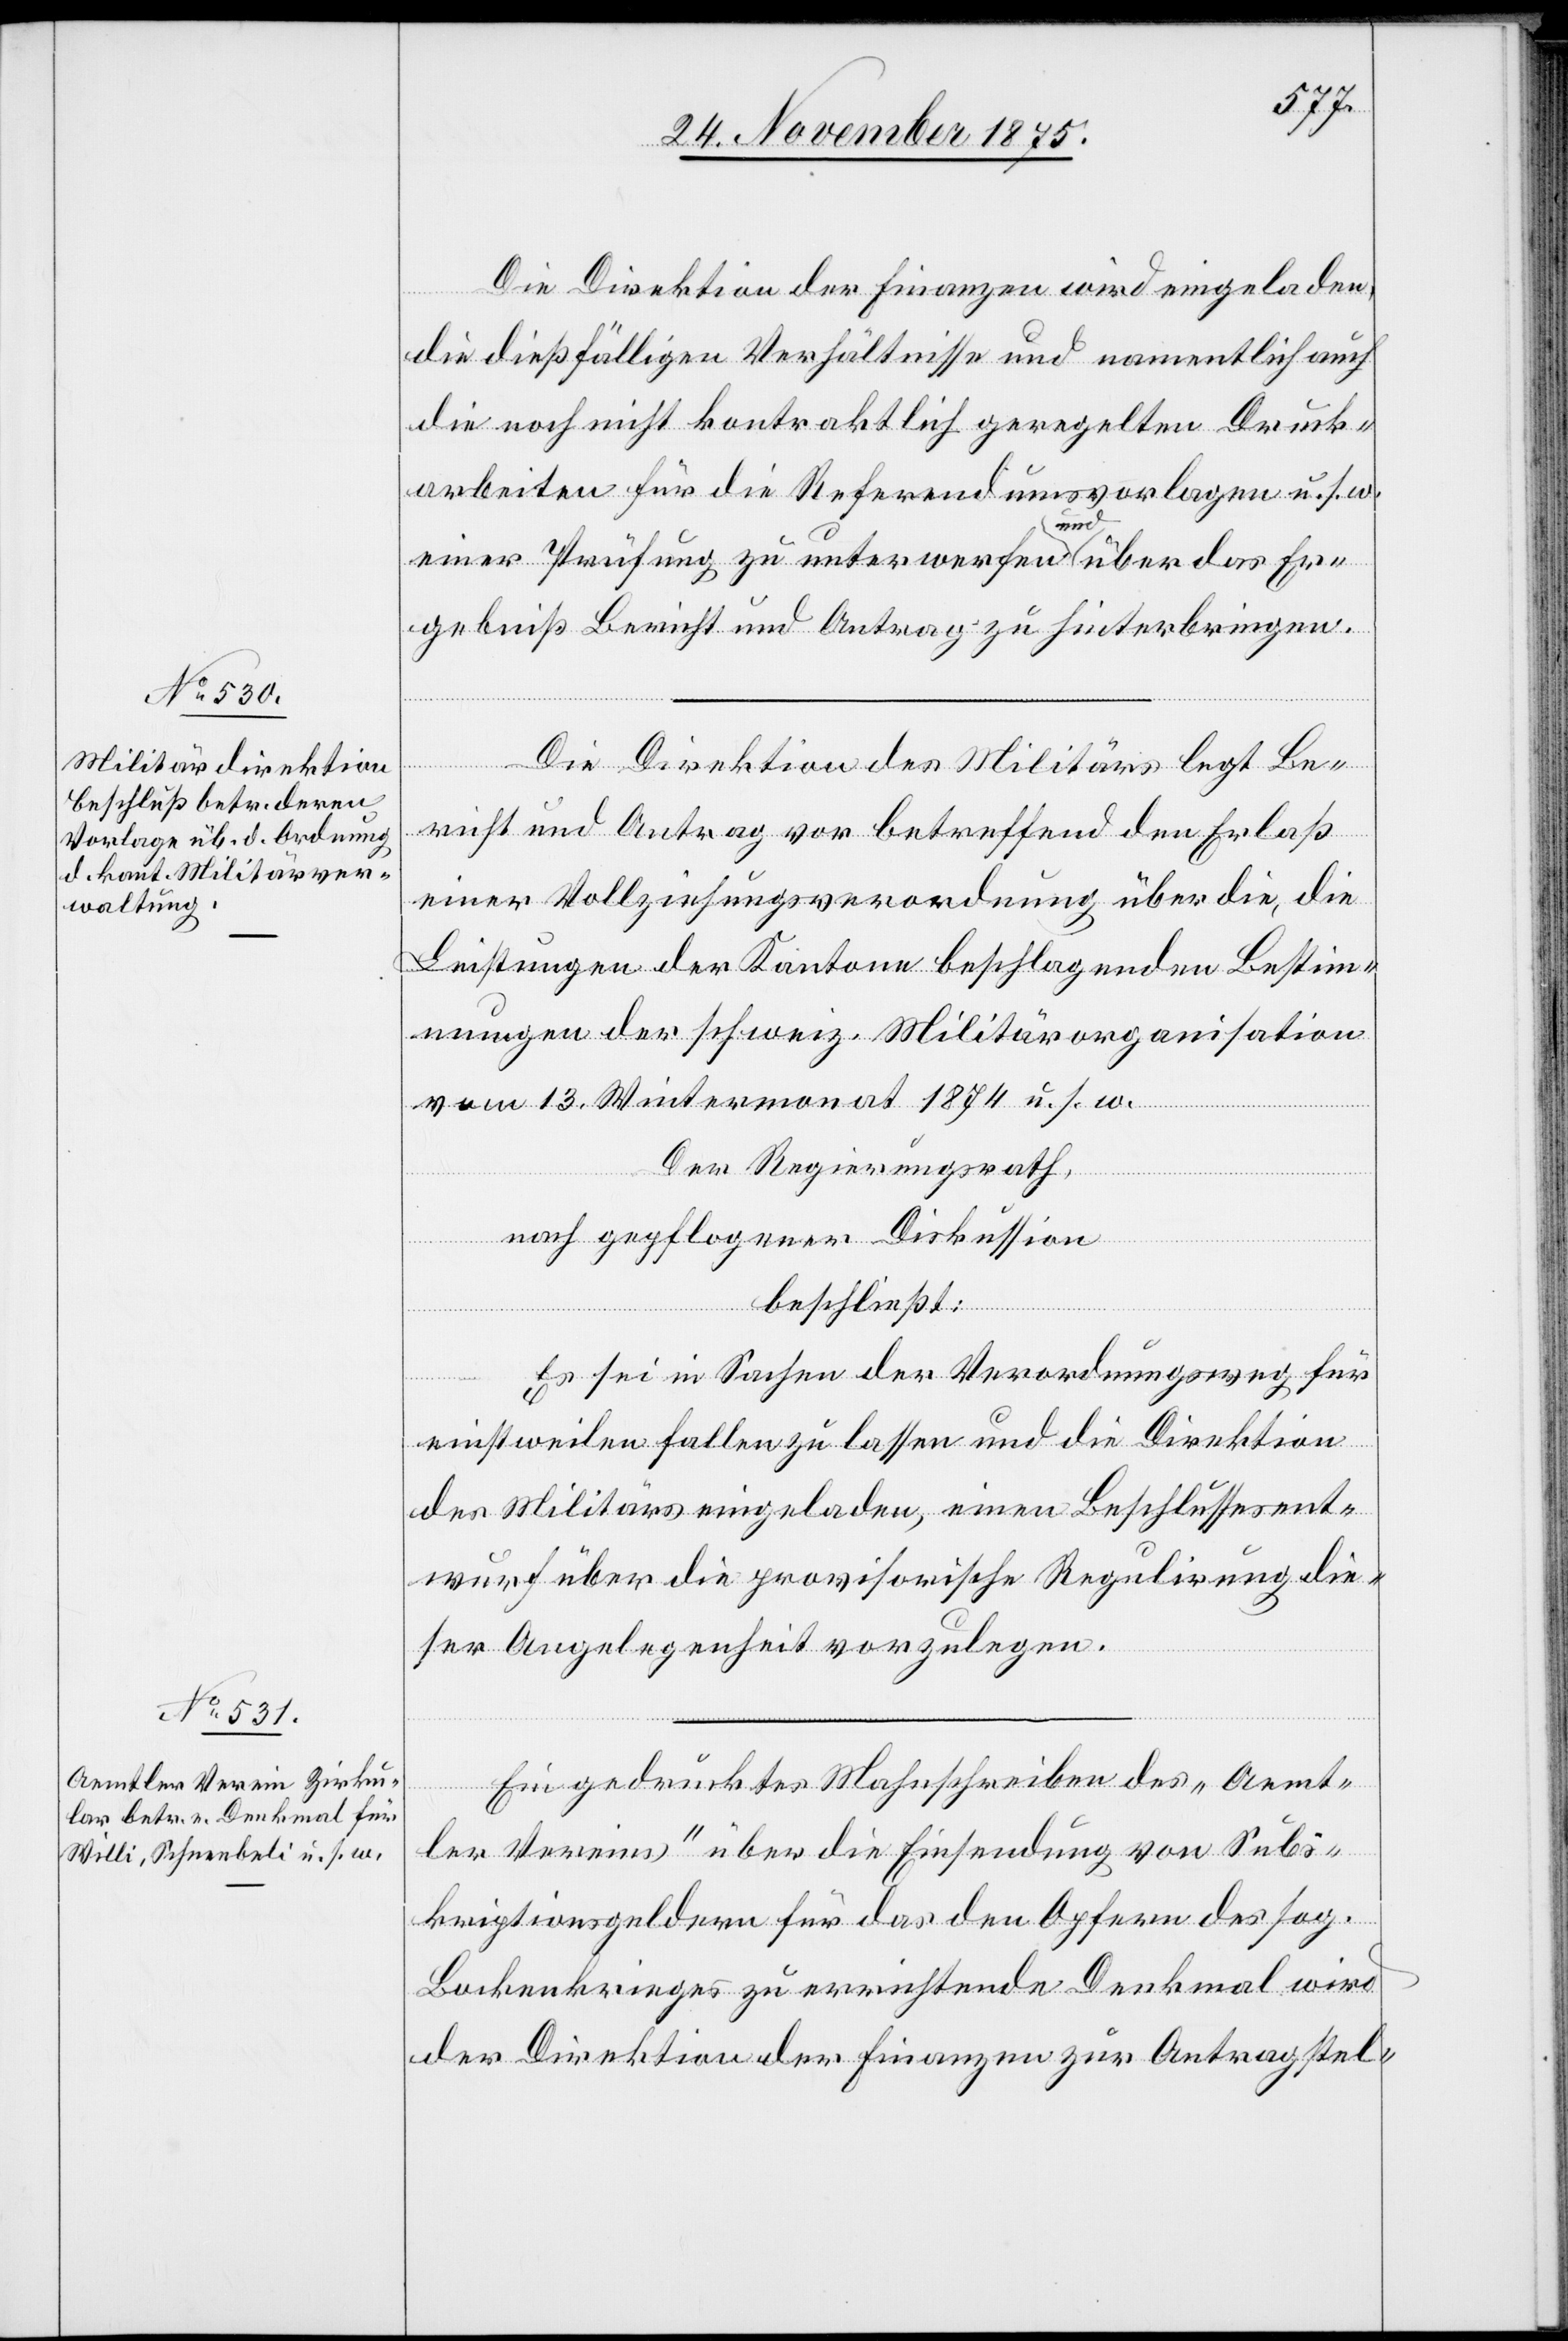
Die Direktion der Finanzen wird eingeladen,
die dießfälligen Verhältnisse und namentlich auch
die noch nicht kontraktlich geregelten Druck¬
arbeiten für die Referendumsvorlagen u. s. w.
einer Prüfung zu unterwerfen und über das Er¬
gebniß Bericht und Antrag zu hinterbringen.
Die Direktion des Militärs legt Be¬
richt und Antrag vor betreffend den Erlaß
einer Vollziehungsverordnung über die, die
Leistungen der Kantone beschlagenden Bestim¬
mungen der schweiz. Militärorganisation
vom 13. Wintermonat 1874 u. s. w.
Der Regierungsrath,
nach gepflogener Diskussion
beschließt:
Es sei in Sachen der Verordnungsweg für
einstweilen fallen zu lassen und die Direktion
des Militärs eingeladen, einen Beschlussesent¬
wurf über die provisorische Regulirung die¬
ser Angelegenheit vorzulegen.
Ein gedrucktes Mahnschreiben des „Aemt¬
ler Vereins“ über die Einsendung von Subs¬
kriptionsgeldern für das den Opfern des sog.
Bockenkrieges zu errichtende Denkmal wird
der Direktion der Finanzen zur Antragstel-